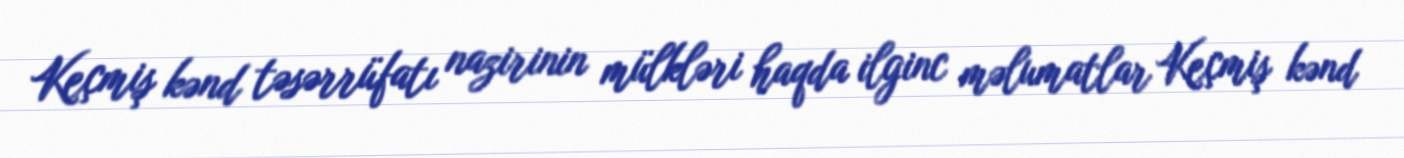
Keçmiş kənd təsərrüfatı nazirinin mülkləri haqda ilginc məlumatlar Keçmiş kənd